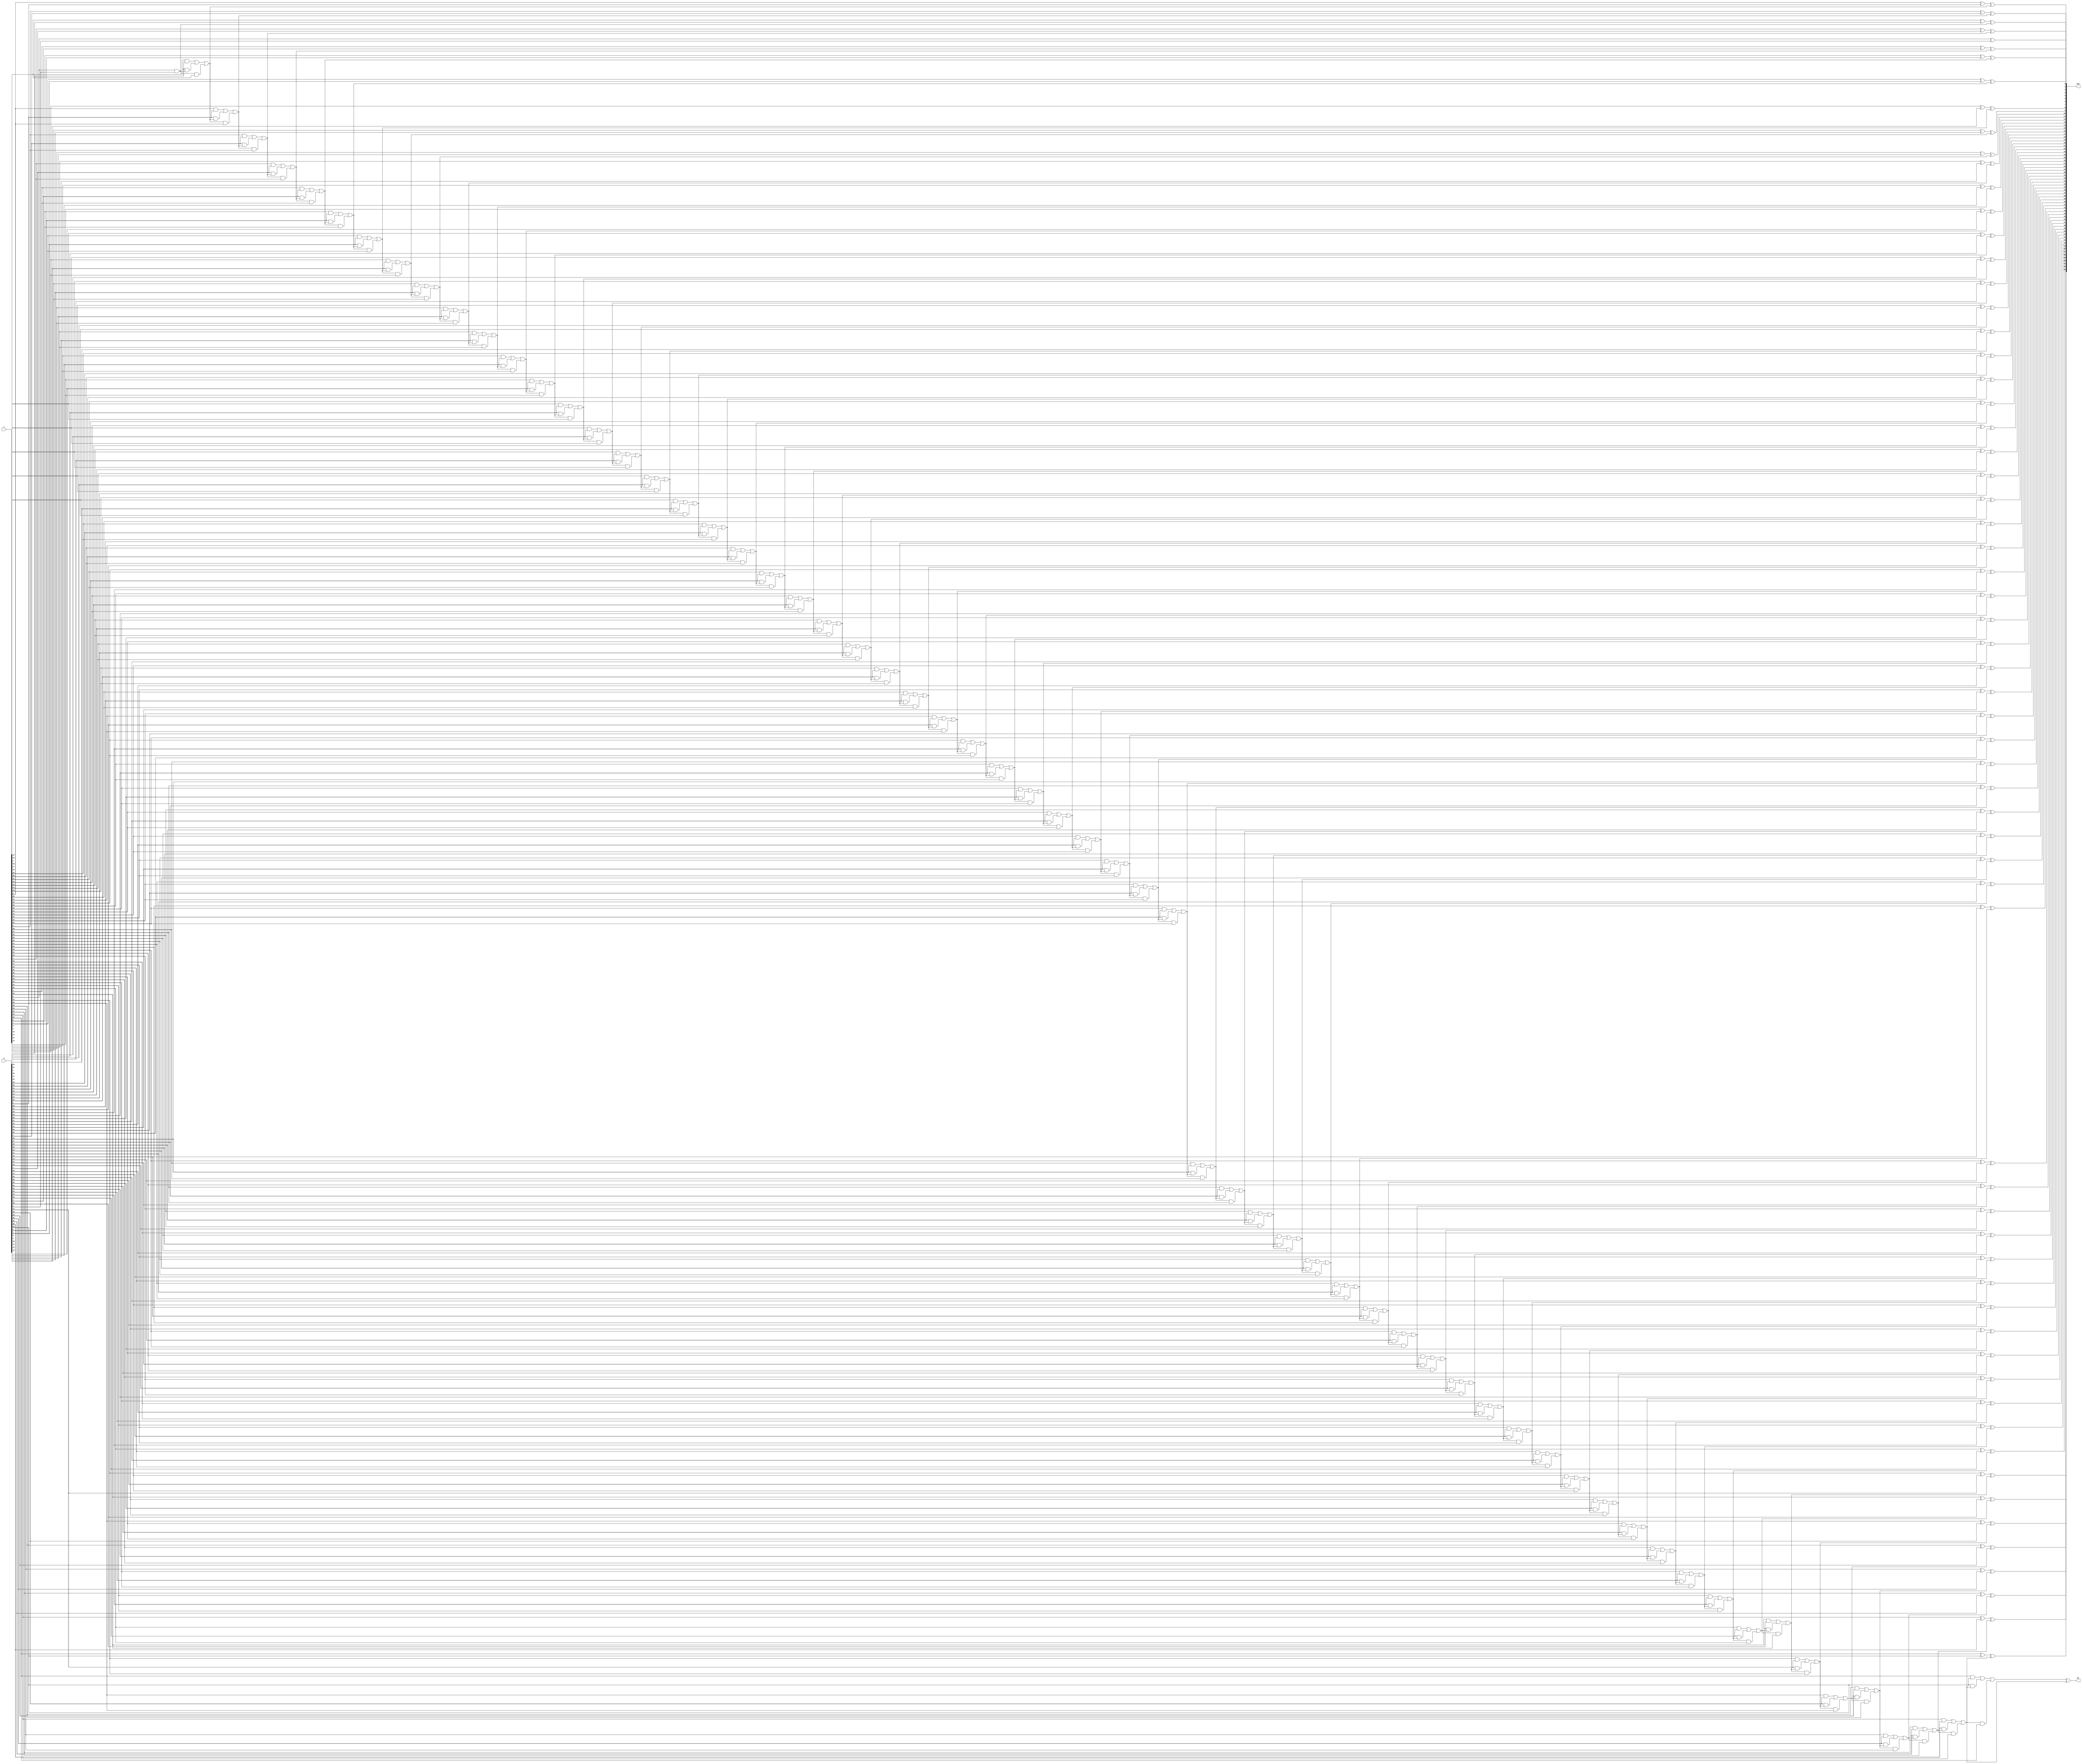
//Add operation

module Add(x,y,Sum,OF);

input signed [63:0]x;
input signed [63:0]y;
output signed [63:0]Sum;
wire signed [63:0]out1,out2,out3;
wire signed [64:0]Carry;
assign Carry[0]=1'b0; //initiating the first bit to be 0 in a carry array
output signed OF;//overflow


genvar i;
generate
    for(i=0;i<64;i=i+1)
    begin
       xor A(Sum[i],x[i],y[i],Carry[i]); //sum=x xor y xor c
       and B(out1[i],x[i],y[i]); 
       and C(out2[i],y[i],Carry[i]);
       and D(out3[i],Carry[i],x[i]);
       or E(Carry[i+1],out1[i],out2[i],out3[i]); //carry = xy + yc + cx
    end
xor F(OF,Carry[64],Carry[63]); // overflow
endgenerate

endmodule


//Sub operation
module Sub(x,y,out,OF);

output signed OF;
input signed [63:0]x,y ;
output signed [63:0]out;
wire signed [63:0]z;
assign z=64'b1;
wire signed [63:0]out1,out2,out3,out4;
wire signed OF1;
assign out4=64'b1;
wire signed [63:0]sa;
wire signed [64:0]ca;
wire signed [63:0]sa1;

// For x-y ; first we need to do 2's complement for y and then add it to x
assign out1=~y; // First we do 1's complement
Add A1(out1,z,sa,OF1); // And then we add it to 1 ; for making 2's complement we follow these steps
Add A2(sa,x,out,OF); // We add the 2's complement of y to x


endmodule


//Xor operation
module Xor(x,y,out);

input signed [63:0]x;
input signed [63:0]y;
output signed [63:0]out;

genvar i;
generate
    for(i=0;i<64;i=i+1)
    begin
       xor A(out[i],x[i],y[i]); //xor operation is taken place bit by bit
    end
endgenerate

endmodule


//And operation
module And(x,y,out);

input signed [63:0]x;
input signed [63:0]y;
output signed [63:0]out;

genvar i;
generate
    for(i=0;i<64;i=i+1)
    begin
       and (out[i],x[i],y[i]); //And operation is taken place bit by bit
    end
endgenerate

endmodule